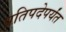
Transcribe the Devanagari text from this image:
प्रतिपदेपर्यंत